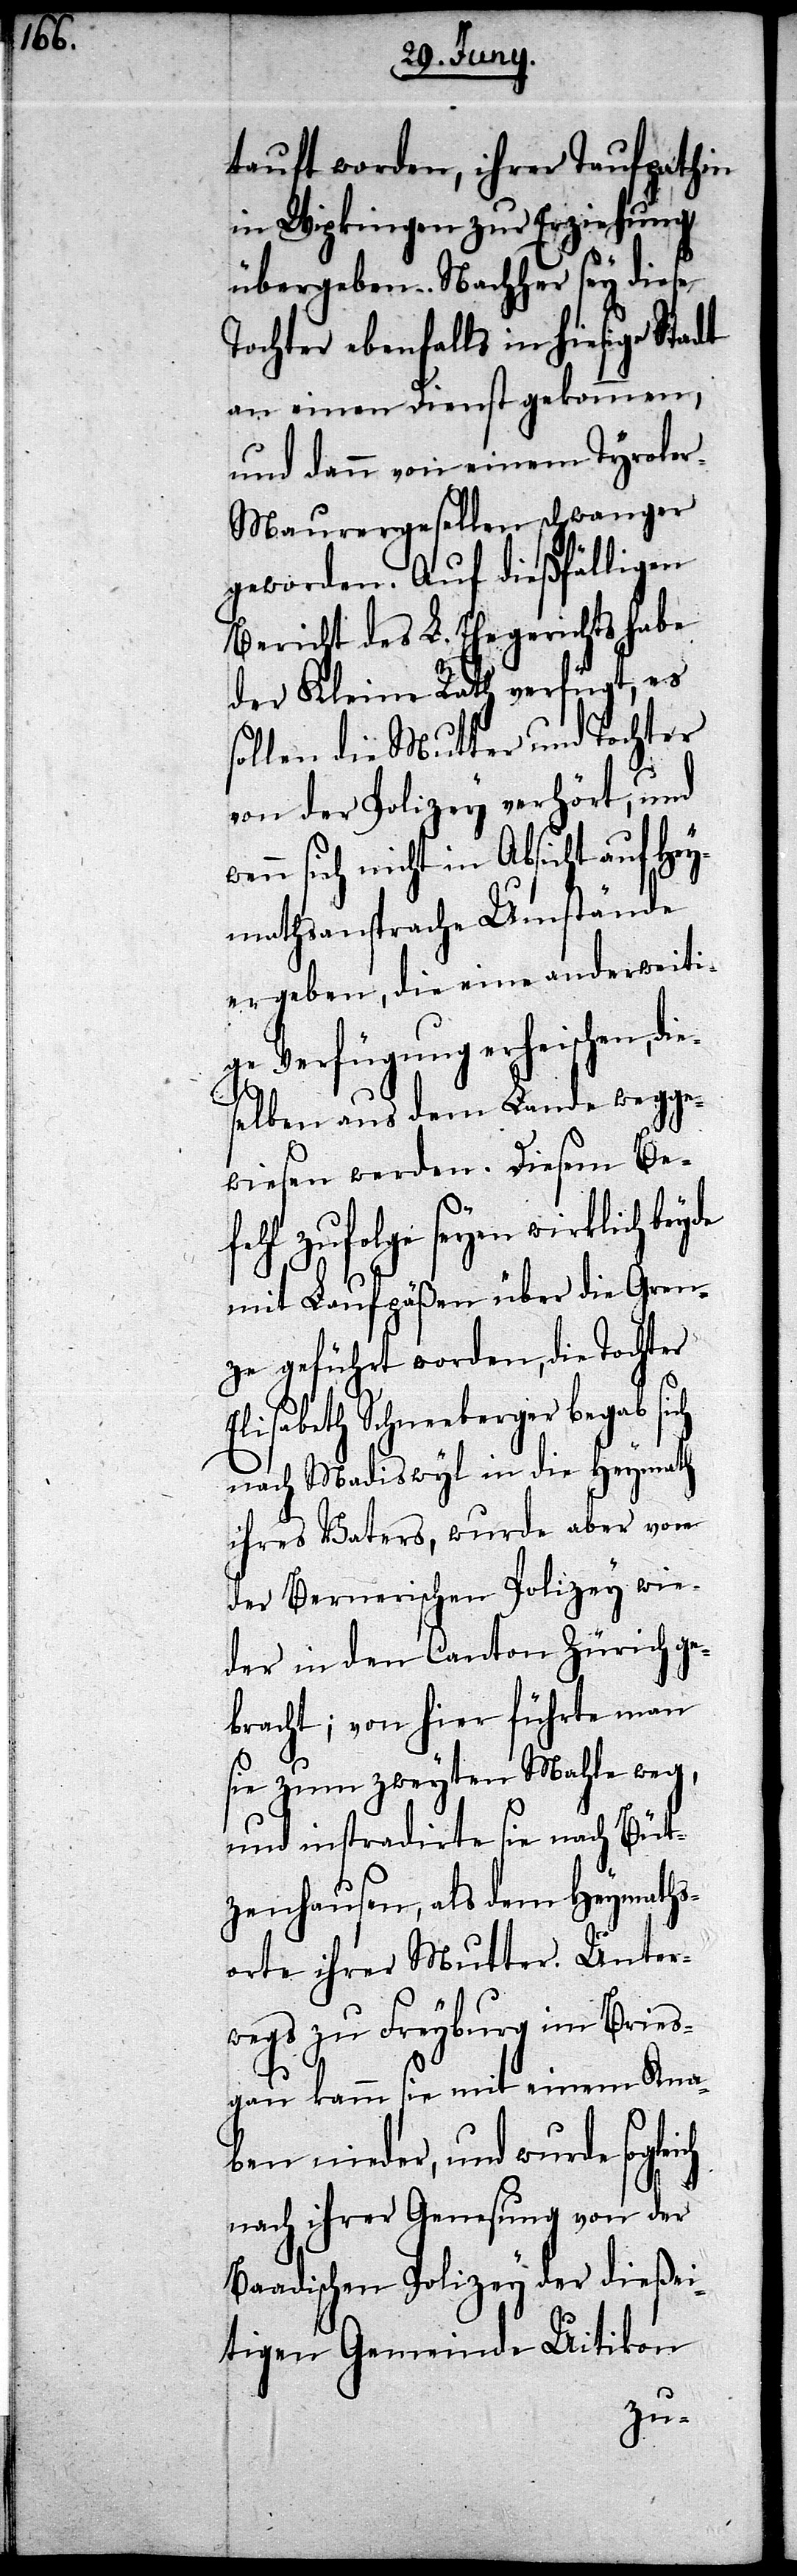
tauft worden, ihrer Taufpathin
in Wipkingen zur Erziehung
übergeben. Nachher sey diese
Tochter ebenfalls in hiesige Stadt
an einen Dienst gekommen,
und dann von einem Tyrole¬
r-Maurergesellen schwanger
geworden. Auf dießfälligen
Bericht des L. Ehegerichts habe
der Kleine Rath verfügt, es
sollen die Mutter und Tochter
von der Polizey verhört, und
wenn sich nicht in Absicht auf Hey¬
mathsansprache Umstände
ergeben, die eine anderweiti¬
ge Verfügung erheischen, di¬
eselben aus dem Lande wegge¬
wiesen werden. Diesem Be¬
fehl zu folge seyen wirklich beyde
mit Laufpäßen über die Gren¬
ze geführt worden, die Tochter
Elisabeth Schneeberger begab sich
nach Madiswyl in die Heymath
ihres Vaters, wurde aber von
der Bernerischen Polizey wie¬
der in den Canton Zürich ge¬
bracht; von hier führte man
sie zum zweyten Mahle weg,
und instradirte sie nach Büt¬
zenhausen, als dem Heymaths¬
orte ihrer Mutter. Unter¬
wegs zu Freyburg im Bries¬
gau kamm sie mit einem Kna¬
ben nieder, und wurde
nach ihrer Genesung von der
Baadischen Polizey der dießei¬
tigen Gemeinde Uitikon